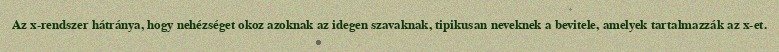
Az x-rendszer hátránya, hogy nehézséget okoz azoknak az idegen szavaknak, tipikusan neveknek a bevitele, amelyek tartalmazzák az x-et.